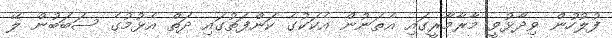
ފުލުހުން ވިދާޅުވީ މާރާމާރީގައި އެތަނުން އެކަކުގެ ކަންފަތުގައި ދަތް އެޅުމުގެ ސަބަބުން ލޭ